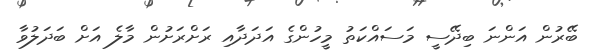
ބޭރުން އަންނަ ބިދޭސީ މަސައްކަތު މީހުންގެ އަދަދާއި ރަށްރަށުން މާލެ އަށް ބަދަލުވާ